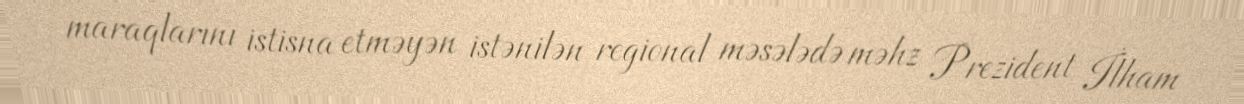
maraqlarını istisna etməyən istənilən regional məsələdə məhz Prezident İlham